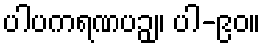
ပါပကရဏပဉှ။ ပါ-၉၀။